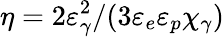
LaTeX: \eta=2\varepsilon_{\gamma}^{2}/(3\varepsilon_{e}\varepsilon_{p}\chi_{\gamma})